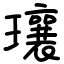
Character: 瓖